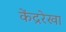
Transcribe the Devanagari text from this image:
केंद्ररेखा